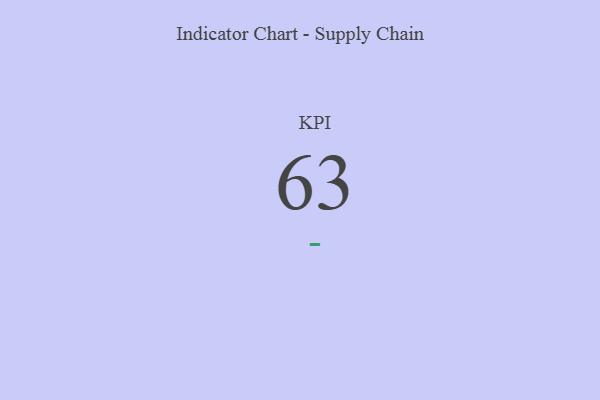
{"axis": {"x": "KPI", "y": "Value"}, "legend": [""], "data": [{"x": "KPI", "y": 63, "type": ""}]}